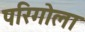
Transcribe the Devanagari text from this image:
परिगोला